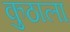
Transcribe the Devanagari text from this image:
कुठाला